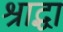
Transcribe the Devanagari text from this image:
श्राद्धा